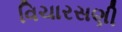
વિચારસણી